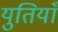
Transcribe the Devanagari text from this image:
युतियाँ